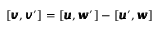
[ { \pmb v } , { \pmb v } ^ { \prime } ] = [ { \pmb u } , { \pmb w } ^ { \prime } ] - [ { \pmb u } ^ { \prime } , { \pmb w } ]